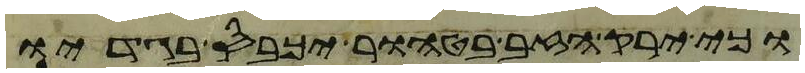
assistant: וכי ירק הזב בטהור יכבס בגדיו